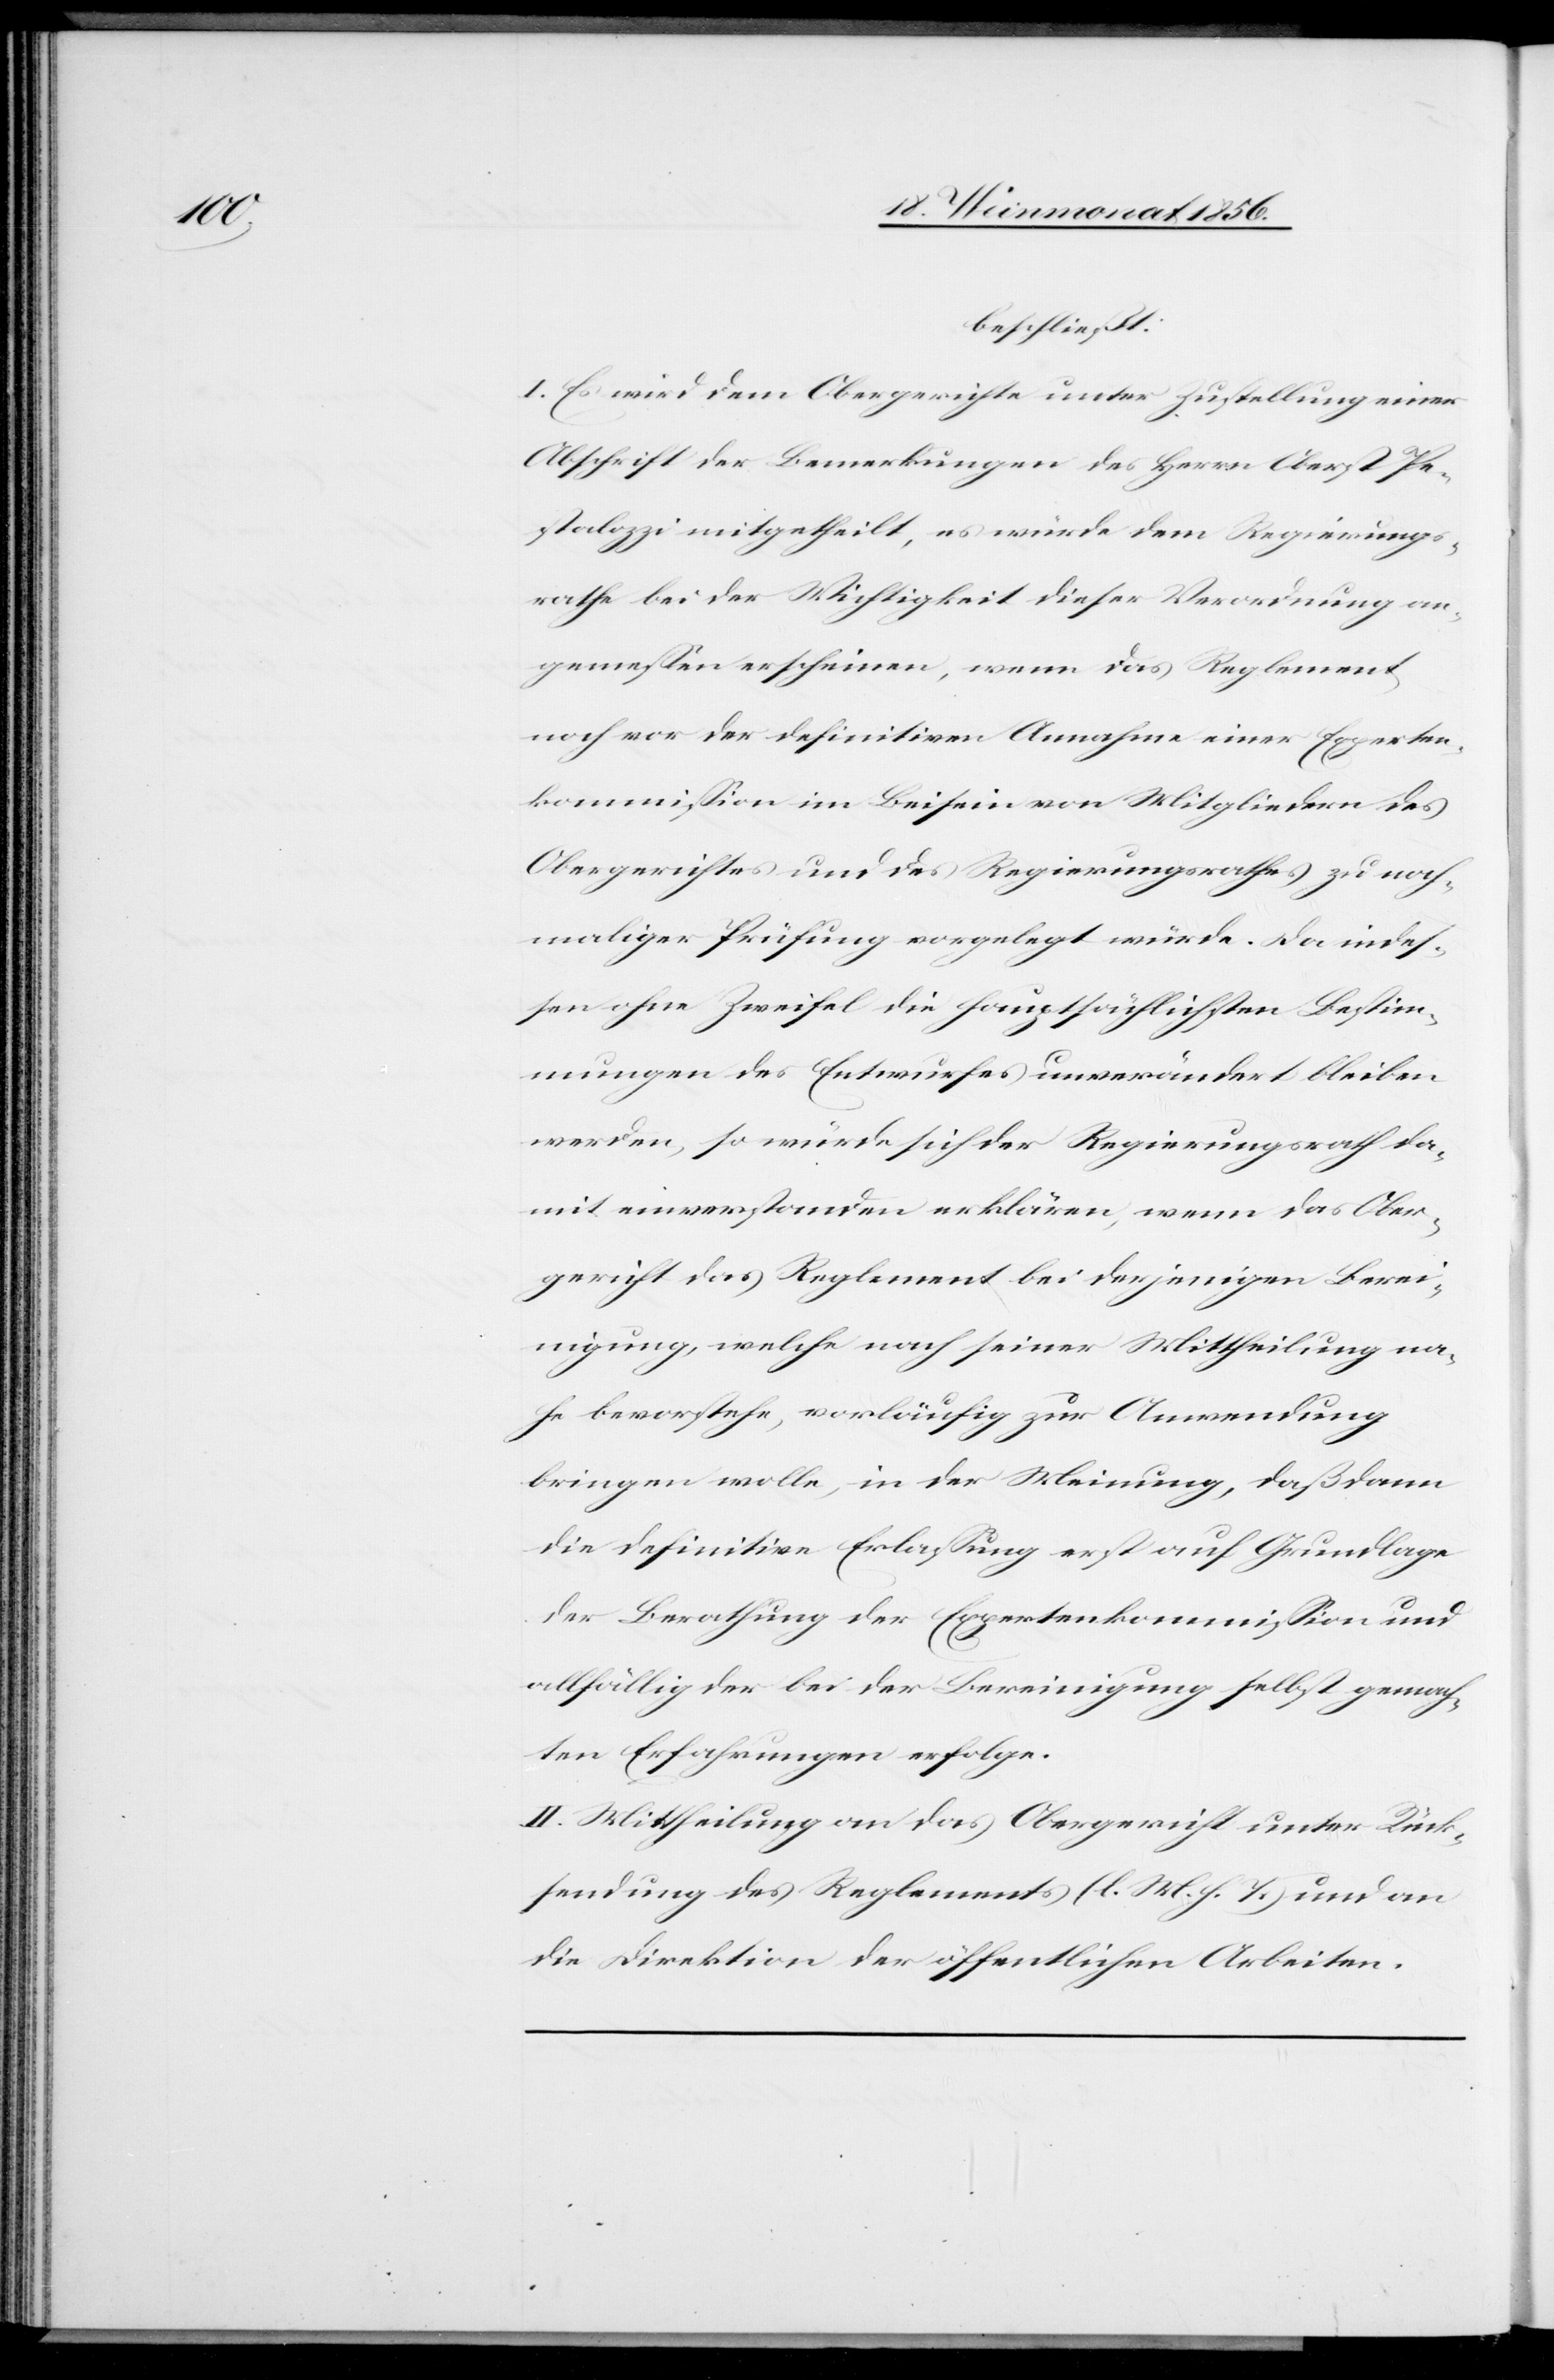
beschließt:
I. Es wird dem Obergerichte unter Zustellung einer
Abschrift der Bemerkungen des Herrn Oberst Pe¬
stalozzi mitgetheilt, es würde dem Regierungs¬
rathe bei der Wichtigkeit dieser Verordnung an¬
gemessen erscheinen, wenn das Reglement
noch vor der definitiven Annahme einer Experten¬
kommission im Beisein von Mitgliedern des
Obergerichtes und des Regierungsrathes zu noch¬
maliger Prüfung vorgelegt würde. Da indes¬
sen ohne Zweifel die hauptsächlichsten Bestim¬
mungen des Entwurfes unverändert bleiben
werden, so würde sich der Regierungsrath da¬
mit einverstanden erklären, wenn das Ober¬
gericht das Reglement bei derjenigen Berei¬
nigung, welche nach seiner Mittheilung na¬
he bevorstehe, vorläufig zur Anwendung
bringen wolle, in der Meinung, daß dann
die definitive Erlassung erst auf Grundlage
der Berathung der Expertenkommission und
allfällig der bei der Bereinigung selbst gemach¬
ten Erfahrungen erfolge.
II. Mittheilung an das Obergericht unter Rück¬
sendung des Reglements (l. M. h. T.) und an
die Direktion der öffentlichen Arbeiten.